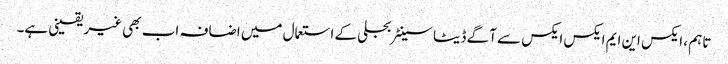
تاہم ، ایکس این ایم ایکس ایکس سے آگے ڈیٹا سینٹر بجلی کے استعمال میں اضافہ اب بھی غیر یقینی ہے۔